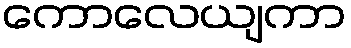
ကောလေယျကာ